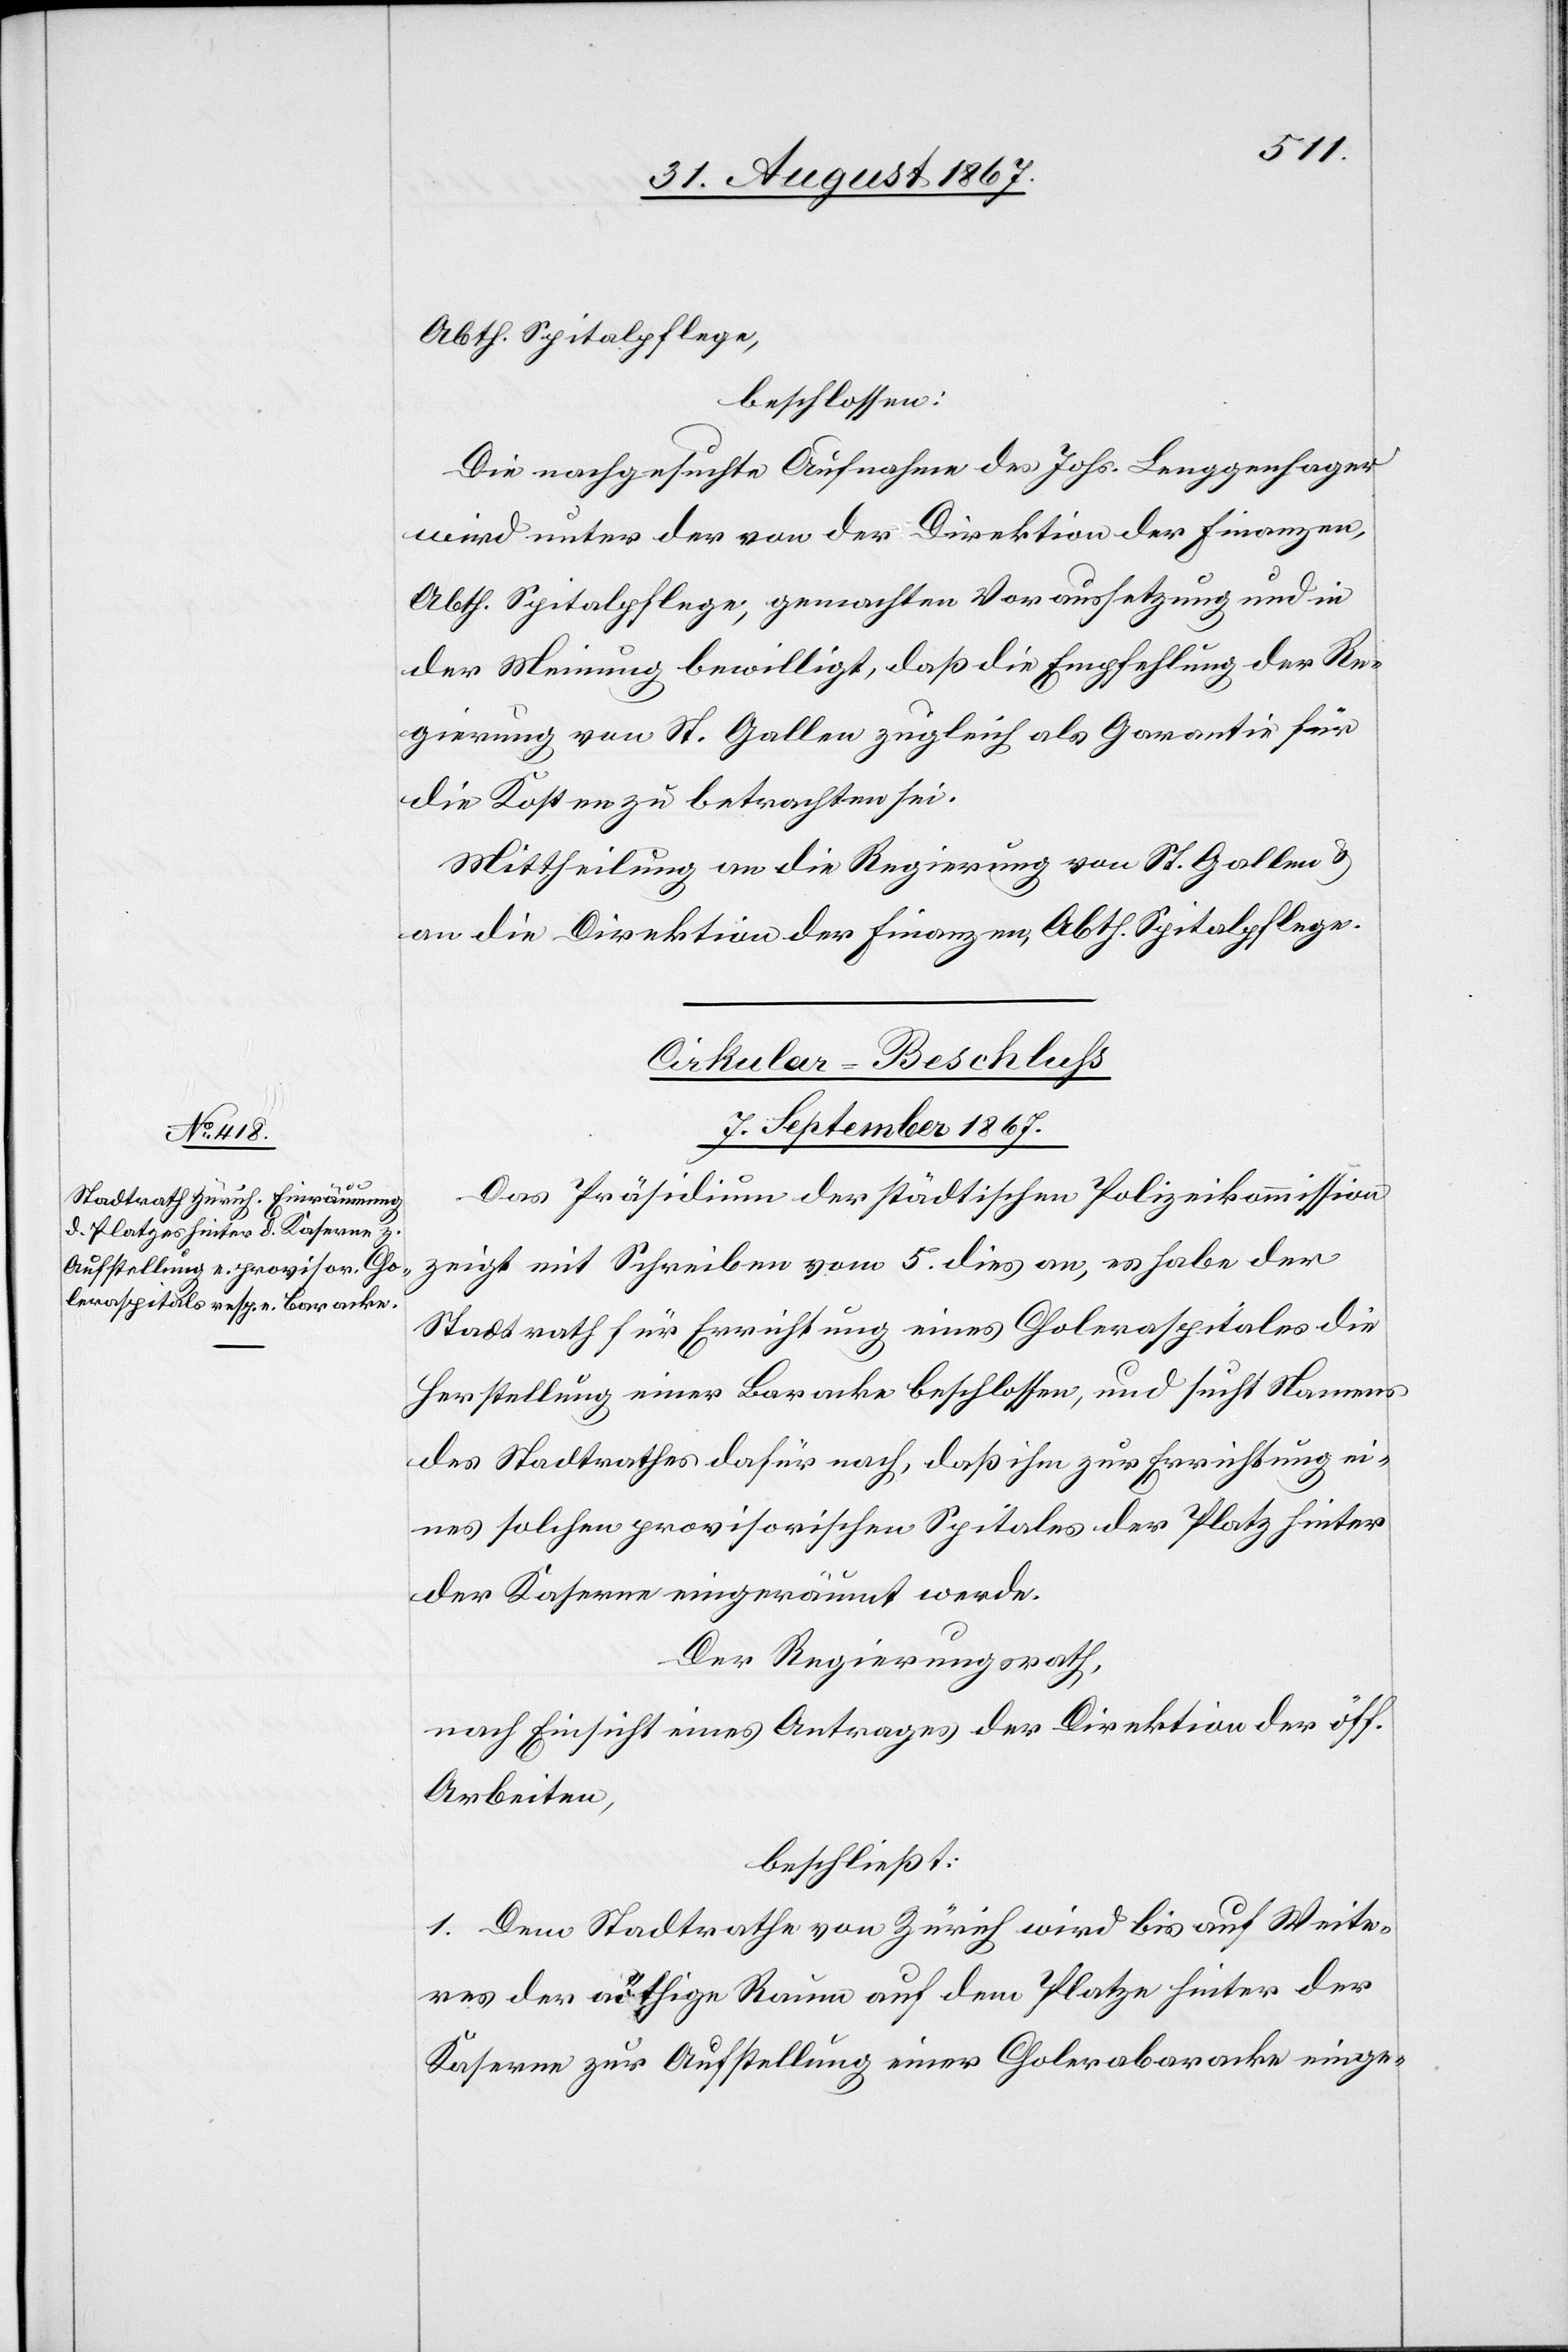
Abth. Spitalpflege,
beschlossen:
Die nachgesuchte Aufnahme des Johs. Leuggenhager
wird unter der von der Direktion der Finanzen,
Abth. Spitalpflege, gemachten Voraussetzung und in
der Meinung bewilligt, daß die Empfehlung der Re¬
gierung von St. Gallen zugleich als Garantie für
die Kosten zu betrachten sei.
Mittheilung an die Regierung von St. Gallen u.
an die Direktion der Finanzen, Abth. Spitalpflege.
Cirkular-Beschluß.
7. September 1867.
Das Präsidium der städtischen Polizeikommission
zeigt mit Schreiben vom 5. dies an, es habe der
Stadtrath für Errichtung eines Choleraspitals die
Herstellung einer Baracke beschlossen, und sucht Namens
des Stadtrathes dafür nach, daß ihm zur Errichtung ei¬
nes solchen provisorischen Spitals der Platz hinter
der Kaserne eingeräumt werden.
Der Regierungsrath,
nach Einsicht eines Antrages der Direktion der öff.
Arbeiten,
beschließt:
1. Dem Stadtrathe von Zürich wird bis auf Weite¬
res der nöthige Raum auf dem Platze hinter der
Kaserne zur Aufstellung einer Cholerabaracke einge-